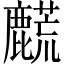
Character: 𬹀